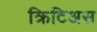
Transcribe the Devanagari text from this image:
क्रिटिअस